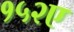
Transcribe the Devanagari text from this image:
१५२ए